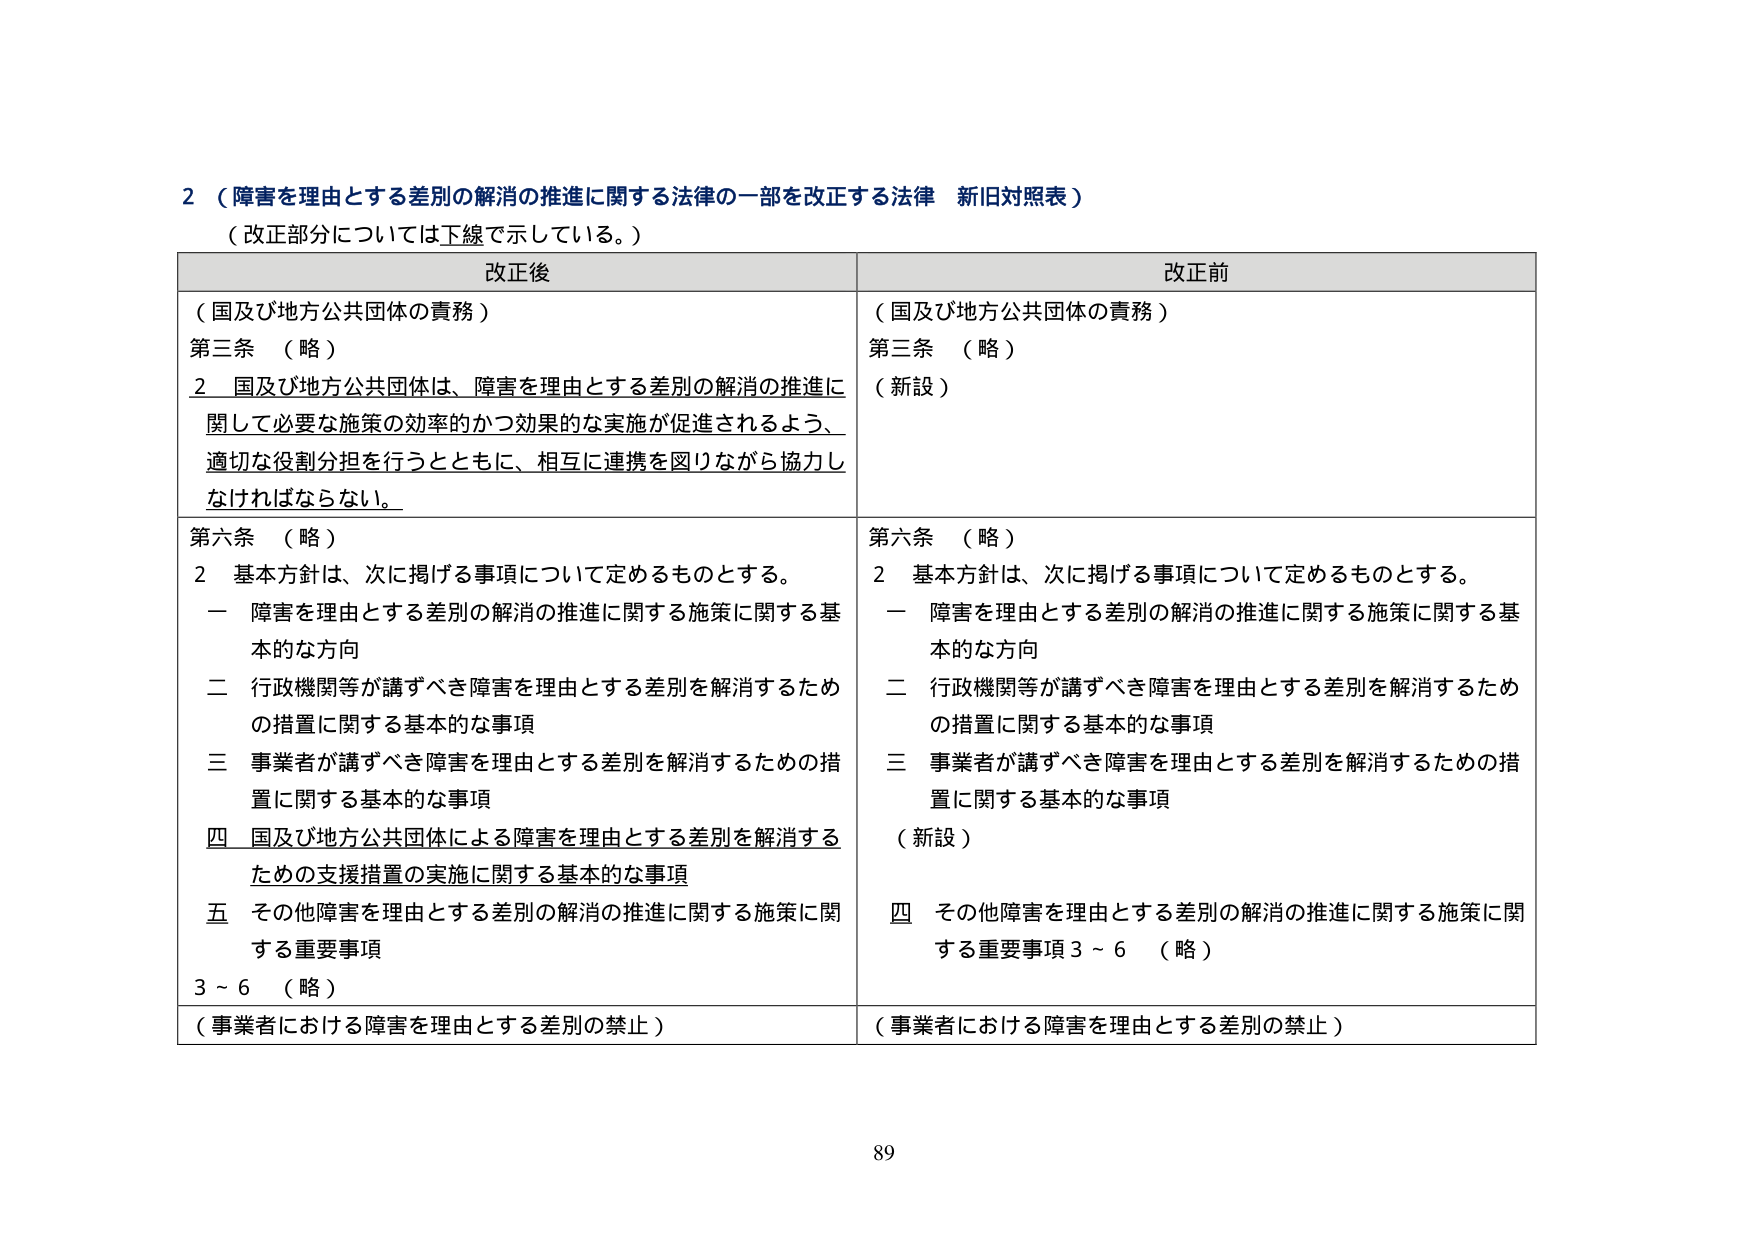
2（障害を理由とする差別の解消の推進に関する法律の一部を改正する法律 新旧対照表）
（改正部分については下線で示している。）

改正後
（国及び地方公共団体の責務）
第三条 （略）
2 国及び地方公共団体は、障害を理由とする差別の解消の推進に関して必要な施策の効率的かつ効果的な実施が促進されるよう、適切な役割分担を行うとともに、相互に連携を図りながら協力しなければならない。

第六条 （略）
2 基本方針は、次に掲げる事項について定めるものとする。
一 障害を理由とする差別の解消の推進に関する施策に関する基本的な方向
二 行政機関等が講ずべき障害を理由とする差別を解消するための措置に関する基本的な事項
三 事業者が講ずべき障害を理由とする差別を解消するための措置に関する基本的な事項
四 国及び地方公共団体による障害を理由とする差別を解消するための支援措置の実施に関する基本的な事項
五 その他障害を理由とする差別の解消の推進に関する施策に関する重要事項
3～6 （略）
（事業者における障害を理由とする差別の禁止）

改正前
（国及び地方公共団体の責務）
第三条 （略）
（新設）

第六条 （略）
2 基本方針は、次に掲げる事項について定めるものとする。
一 障害を理由とする差別の解消の推進に関する施策に関する基本的な方向
二 行政機関等が講ずべき障害を理由とする差別を解消するための措置に関する基本的な事項
三 事業者が講ずべき障害を理由とする差別を解消するための措置に関する基本的な事項
（新設）
四 その他障害を理由とする差別の解消の推進に関する施策に関する重要事項3～6 （略）
（事業者における障害を理由とする差別の禁止）

89